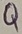
Text: Q